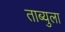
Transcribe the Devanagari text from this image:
ताब्युला